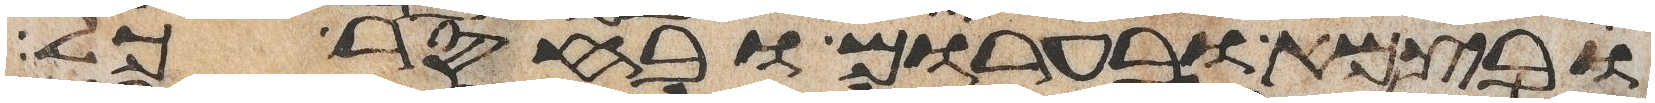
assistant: ובצמא ובערום ובחסר כל